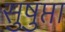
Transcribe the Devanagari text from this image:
सुषुप्ता